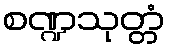
စဏ္ဍသုတ္တံ